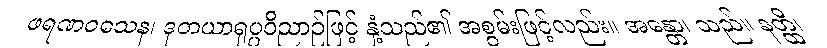
ဖရဏဝသေန၊ ဒုတယာရုပ္ပဝိညာဉ်ဖြင့် နှံ့သည်၏ အစွမ်းဖြင့်လည်း။ အန္တော၊ သည်။ နတ္ထိ၊